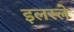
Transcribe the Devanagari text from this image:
इलस्ले